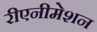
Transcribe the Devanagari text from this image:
रीएनीमेशन